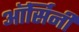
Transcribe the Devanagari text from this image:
ऑर्सिनी